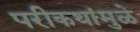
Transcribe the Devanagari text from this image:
परीकथांमुळे